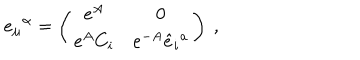
e _ { \mu } { } ^ { \alpha } = \left( \begin{matrix} { { e ^ { A } } } & { { 0 } } \\ { { e ^ { A } C _ { i } } } & { { e ^ { - A } \hat { e } _ { i } { } ^ { a } } } \\ \end{matrix} \right) \ ,